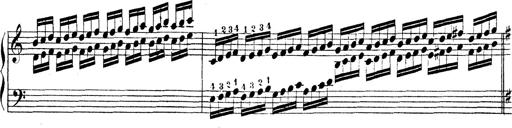
Title: Technische Studien
Composer: Franz Liszt